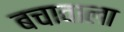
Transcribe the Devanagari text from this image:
बचावाला